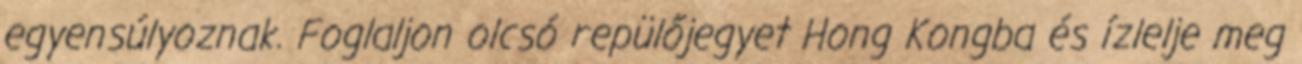
egyensúlyoznak. Foglaljon olcsó repülőjegyet Hong Kongba és ízlelje meg